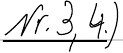
Nr.3,4.)